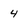
Character: 4